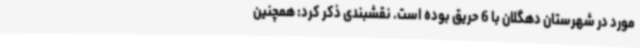
مورد در شهرستان دهگلان با 6 حریق بوده ‌است. نقشبندی ذکر کرد: همچنین